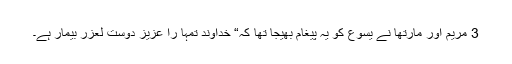
3 مریم اور مارتھا نے یسوع کو یہ پیغام بھیجا تھا کہ“ خداوند تمہا را عزیز دوست لعزر بیمار ہے۔